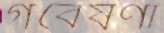
গবেষণা